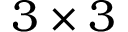
3 \times 3